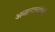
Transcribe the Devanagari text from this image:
अनात्मवादियों